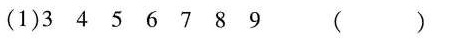
（1）3 4 5 6 7 8 9 （）